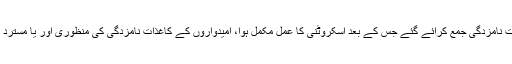
امیدواروں کی جانب سے سب سے پہلے کاغذات نامزدگی جمع کرائے گئے جس کے بعد اسکروٹنی کا عمل مکمل ہوا، امیدواروں کے کاغذات نامزدگی کی منظوری اور یا مسترد کیے جانے کے خلاف اپیلوں کی سماعت ہوئی۔